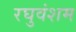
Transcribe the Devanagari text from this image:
रघुवंशम